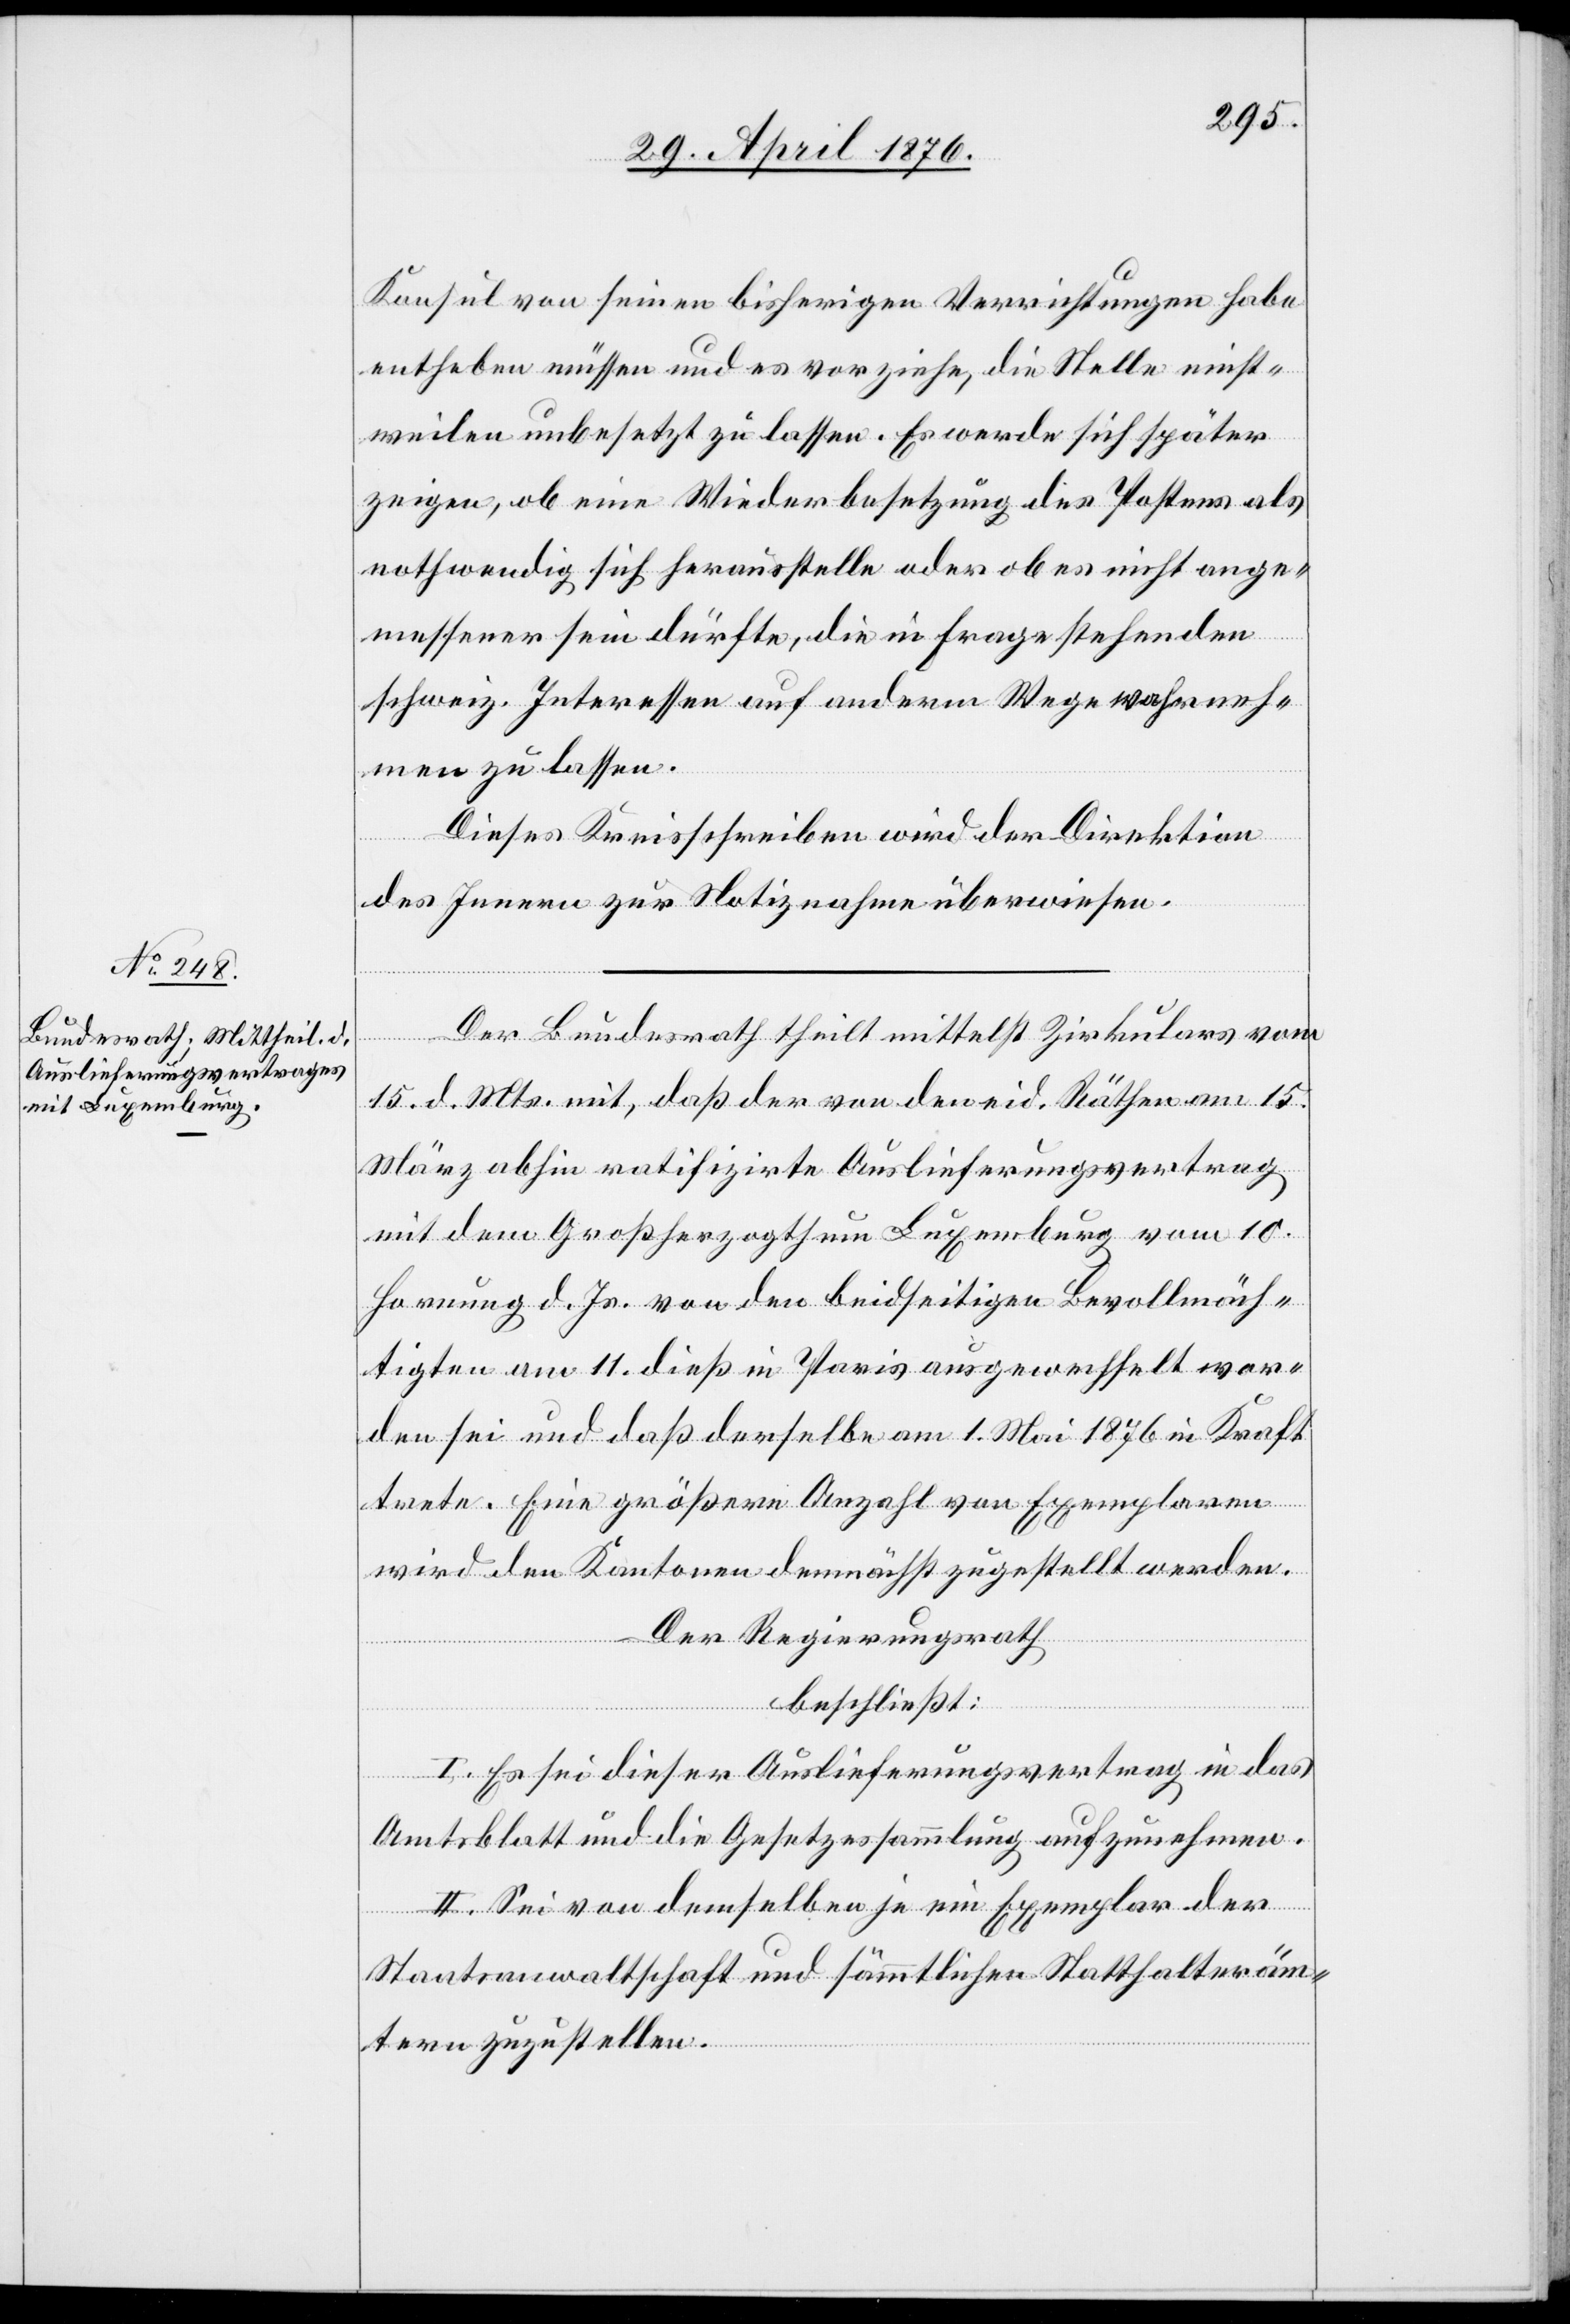
Konsul von seinen bisherigen Verrichtungen habe
entheben müssen und es vorziehe, die Stelle einst¬
weilen unbesetzt zu lassen. Es werde sich später
zeigen, ob eine Wiederbesetzung des Postens als
nothwendig sich herausstelle oder ob es nicht ange¬
messener sein dürfte, die in Frage stehenden
schweiz. Interessen auf anderm Wege wahrneh¬
men zu lassen.
Dieses Kreisschreiben wird der Direktion
des Innern zur Notiznahme überwiesen.
Der Bundesrath theilt mittelst Zirkulars vom
15. d. Mts. mit, daß der von den eid. Räthen am 15.
März abhin ratifizirte Auslieferungsvertrag
mit dem Großherzogthum Luxemburg vom 10.
Hornung d. Js. von den beidseitigen Bevollmäch¬
tigten am 11. dieß in Paris ausgewechselt wor¬
den sei und daß derselbe am 1. Mai 1876 in Kraft
trete. Eine größere Anzahl von Exemplaren
wird den Kantonen demnächst zugestellt werden.
Der Regierungsrath
beschließt:
I. Es sei dieser Auslieferungsvertrag in das
Amtsblatt und die Gesetzessammlung aufzunehmen.
II. Sei von demselben je ein Exemplar der
Staatsanwaltschaft und sämmtlichen Statthalteräm¬
tern zuzustellen.